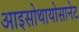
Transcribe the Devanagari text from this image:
आइसोथायोसानेट